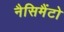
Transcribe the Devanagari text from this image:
नैसिमैंटो